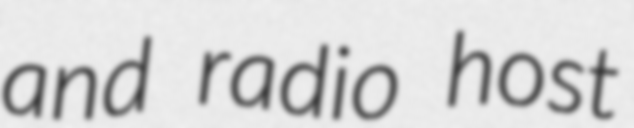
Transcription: and radio host